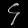
Digit: ၄